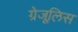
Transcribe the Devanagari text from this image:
ग्रेजूलिस